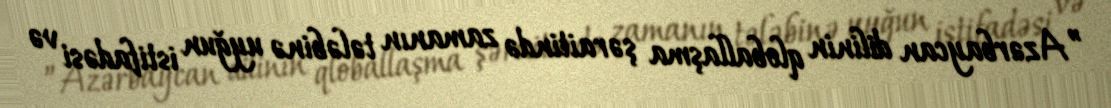
”Azərbaycan dilinin qloballaşma şəraitində zamanın tələbinə uyğun istifadəsi və